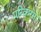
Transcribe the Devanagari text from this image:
परिकरमा